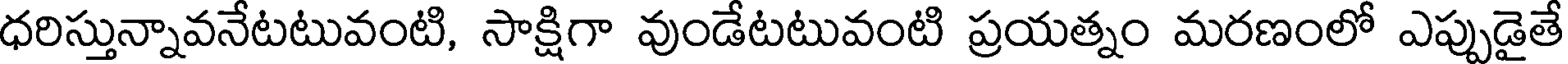
ధరిస్తున్నావనేటటువంటి, సాక్షిగా వుండేటటువంటి ప్రయత్నం మరణంలో ఎప్పుడైతే